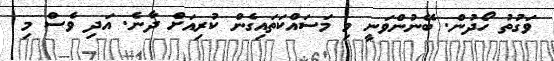
ވަގުތު ހޯދުން. ބޭނުންވަނީ މި މަސައްކަތައިގެން ކުރިއަށް ދާނެ. އަދި ވެސް މި